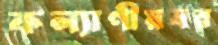
কল্যাণীয়বর